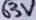
Text: 63V